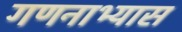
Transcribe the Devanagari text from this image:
गणनाभ्यास